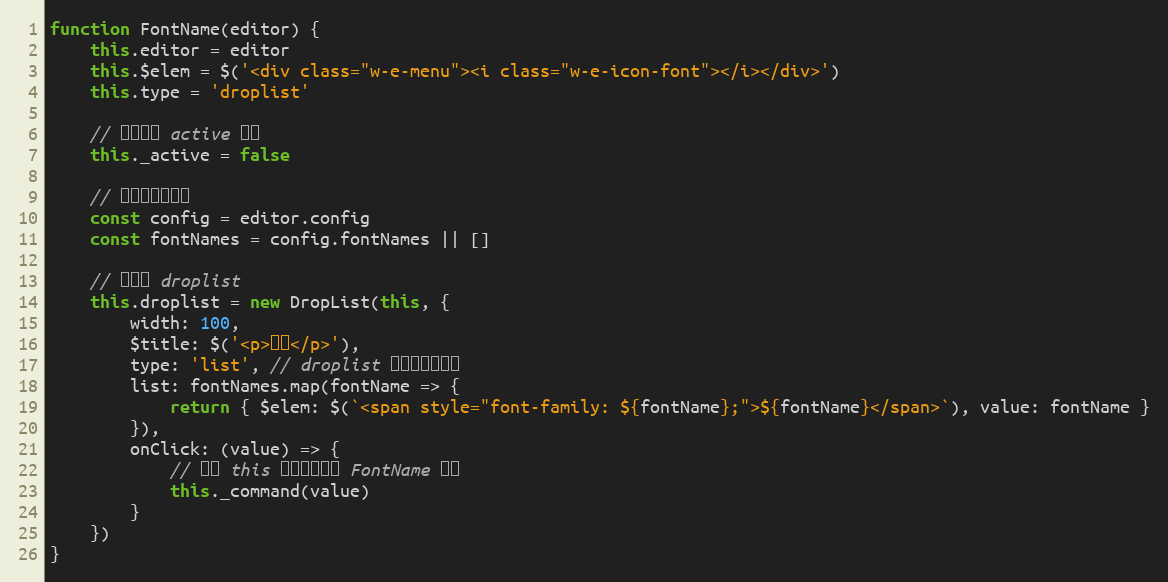
Language: JavaScript
function FontName(editor) {
    this.editor = editor
    this.$elem = $('<div class="w-e-menu"><i class="w-e-icon-font"></i></div>')
    this.type = 'droplist'

    // 当前是否 active 状态
    this._active = false

    // 获取配置的字体
    const config = editor.config
    const fontNames = config.fontNames || []

    // 初始化 droplist
    this.droplist = new DropList(this, {
        width: 100,
        $title: $('<p>字体</p>'),
        type: 'list', // droplist 以列表形式展示
        list: fontNames.map(fontName => {
            return { $elem: $(`<span style="font-family: ${fontName};">${fontName}</span>`), value: fontName }
        }),
        onClick: (value) => {
            // 注意 this 是指向当前的 FontName 对象
            this._command(value)
        }
    })
}